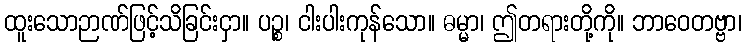
ထူးသောဉာဏ်ဖြင့်သိခြင်းငှာ။ ပဉ္စ၊ ငါးပါးကုန်သော။ ဓမ္မာ၊ ဤတရားတို့ကို။ ဘာဝေတဗ္ဗာ၊